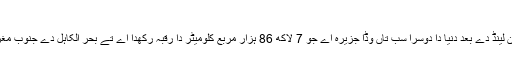
نیو گنی - وکیپیڈیا
نیو گنی (انگریزی: New Guinea) گرین لینڈ دے بعد دنیا دا دوسرا سب تاں وڈا جزیرہ اے جو 7 لاکھ 86 ہزار مربع کلومیٹر دا رقبہ رکھدا اے تے بحر الکاہل دے جنوب مغرب وچ مجموعہ الجزائر مالے وچ واقع اے۔